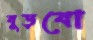
বুড়বো